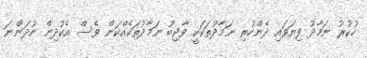
ހުކުރު ނަމާދު ފިޔަވައި ދެންހުރި ނަމާދުތަކަކީ ވާޖިބު ނަމާދުތަކެއްކަން ވެސް އެކުދިން ނުދަންނަ